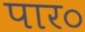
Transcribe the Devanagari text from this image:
पार०